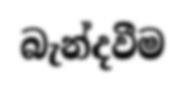
බැන්දවීම